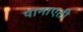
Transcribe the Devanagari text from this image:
पानाएती